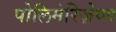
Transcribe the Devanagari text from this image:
पोलिमेरिज़ेष्ण